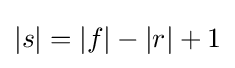
|s|=|f|-|r|+1